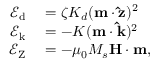
\begin{array} { r l } { \mathcal { E } _ { \mathrm { d } } } & { { } = \zeta K _ { d } ( \mathbf { m \cdot \hat { z } } ) ^ { 2 } } \\ { \mathcal { E } _ { \mathrm { k } } } & { { } = - K ( \mathbf { m \cdot \hat { k } } ) ^ { 2 } } \\ { \mathcal { E } _ { \mathrm { Z } } } & { { } = - \mu _ { 0 } M _ { s } \mathbf { H } \cdot \mathbf { m } , } \end{array}